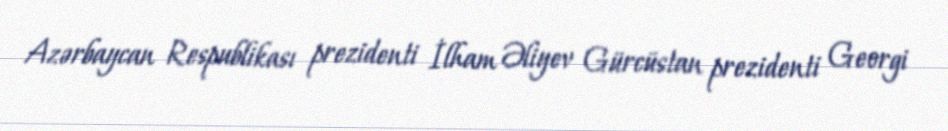
Azərbaycan Respublikası prezidenti İlham Əliyev Gürcüstan prezidenti Georgi